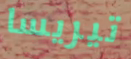
تيريسا